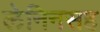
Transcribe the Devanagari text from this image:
लेनिनसह